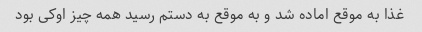
غذا به موقع اماده شد و به موقع به دستم رسید همه چیز اوکی بود